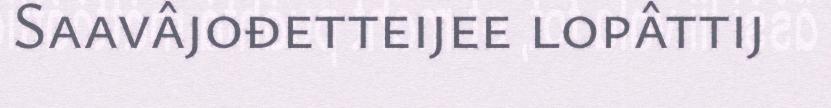
Saavâjođetteijee lopâttij